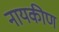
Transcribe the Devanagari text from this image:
नायकीण